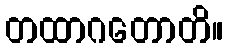
တထာဂတောတိ။